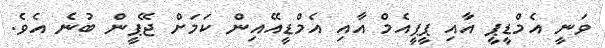
ވަނީ އެމްޑީޕީ އާއި ޕީޕީއެމް އާއި އެމްޑީއޭއިން ކަމަށް ޖޭޕީން ބުނެ އެވެ.